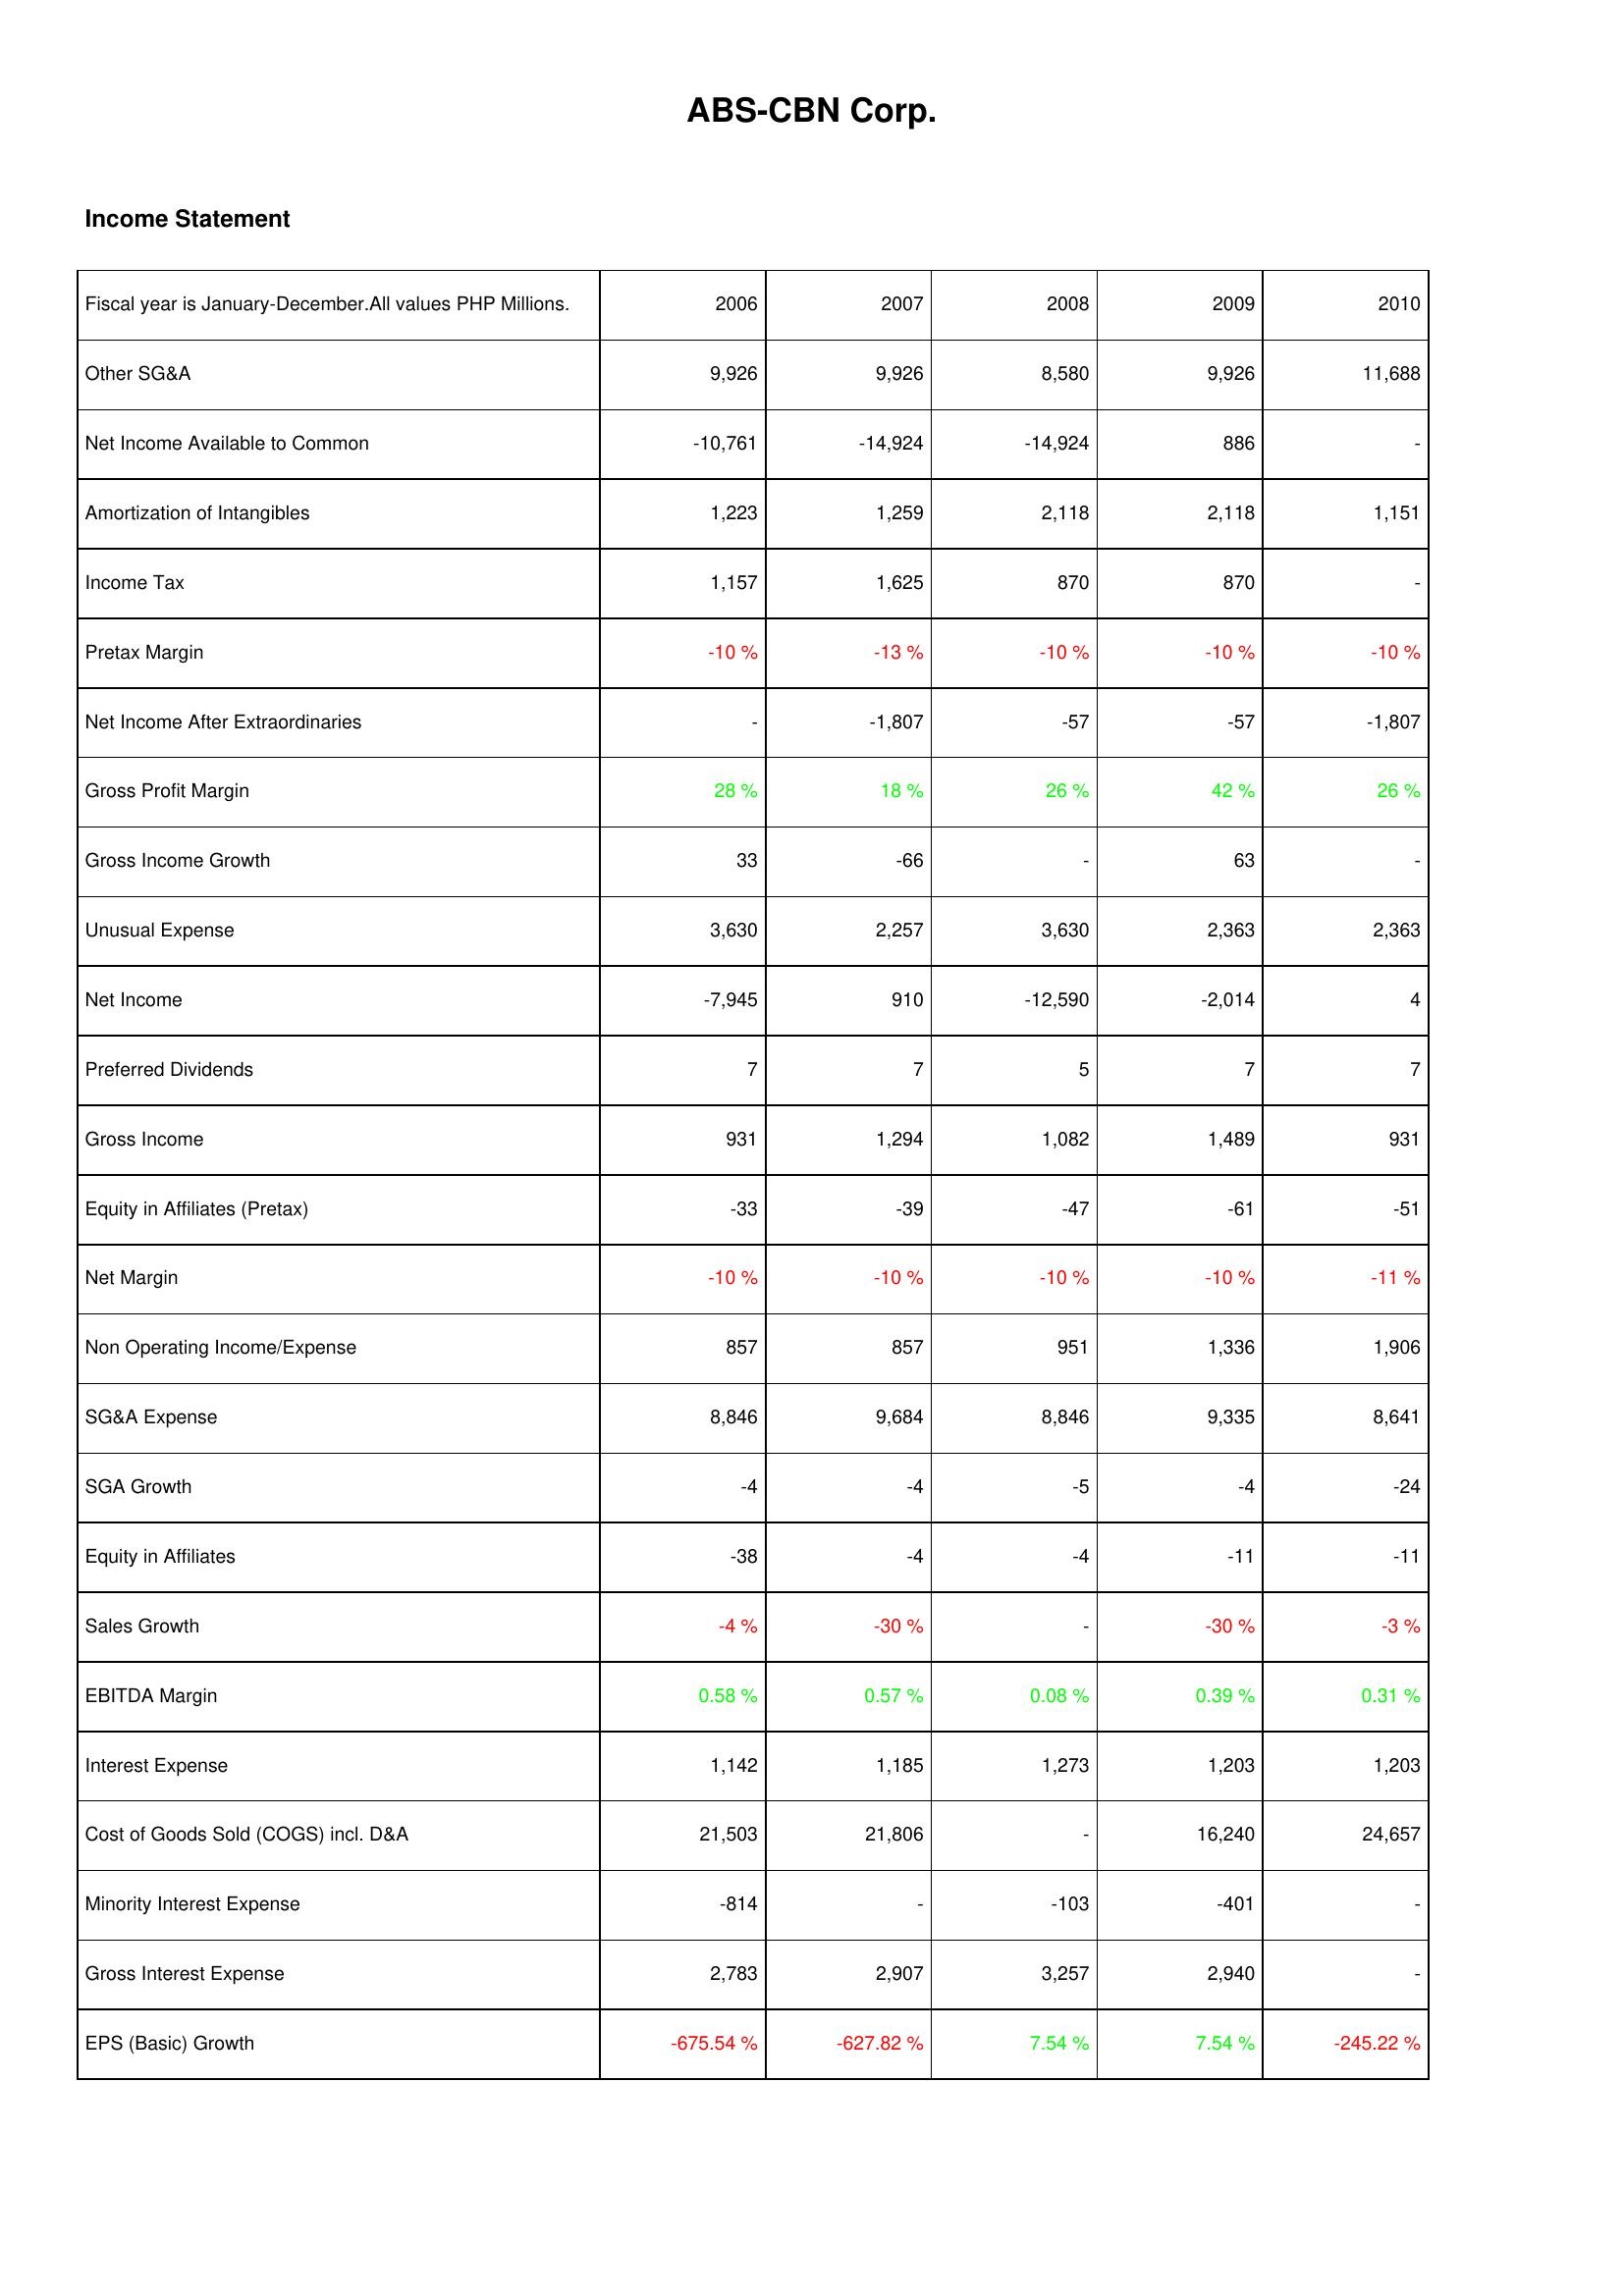
2006: Income Statement: Other SG&A: 9,926
Net Income Available to Common: -10,761
Amortization of Intangibles: 1,223
Income Tax: 1,157
Pretax Margin: -10 %
Net Income After Extraordinaries: -
Gross Profit Margin: 28 %
Gross Income Growth: 33
Unusual Expense: 3,630
Net Income: -7,945
Preferred Dividends: 7
Gross Income: 931
Equity in Affiliates (Pretax): -33
Net Margin: -10 %
Non Operating Income/Expense: 857
SG&A Expense: 8,846
SGA Growth: -4
Equity in Affiliates: -38
Sales Growth: -4 %
EBITDA Margin: 0.58 %
Interest Expense: 1,142
Cost of Goods Sold (COGS) incl. D&A: 21,503
Minority Interest Expense: -814
Gross Interest Expense: 2,783
EPS (Basic) Growth: -675.54 %
2007: Income Statement: Other SG&A: 9,926
Net Income Available to Common: -14,924
Amortization of Intangibles: 1,259
Income Tax: 1,625
Pretax Margin: -13 %
Net Income After Extraordinaries: -1,807
Gross Profit Margin: 18 %
Gross Income Growth: -66
Unusual Expense: 2,257
Net Income: 910
Preferred Dividends: 7
Gross Income: 1,294
Equity in Affiliates (Pretax): -39
Net Margin: -10 %
Non Operating Income/Expense: 857
SG&A Expense: 9,684
SGA Growth: -4
Equity in Affiliates: -4
Sales Growth: -30 %
EBITDA Margin: 0.57 %
Interest Expense: 1,185
Cost of Goods Sold (COGS) incl. D&A: 21,806
Minority Interest Expense: -
Gross Interest Expense: 2,907
EPS (Basic) Growth: -627.82 %
2008: Income Statement: Other SG&A: 8,580
Net Income Available to Common: -14,924
Amortization of Intangibles: 2,118
Income Tax: 870
Pretax Margin: -10 %
Net Income After Extraordinaries: -57
Gross Profit Margin: 26 %
Gross Income Growth: -
Unusual Expense: 3,630
Net Income: -12,590
Preferred Dividends: 5
Gross Income: 1,082
Equity in Affiliates (Pretax): -47
Net Margin: -10 %
Non Operating Income/Expense: 951
SG&A Expense: 8,846
SGA Growth: -5
Equity in Affiliates: -4
Sales Growth: -
EBITDA Margin: 0.08 %
Interest Expense: 1,273
Cost of Goods Sold (COGS) incl. D&A: -
Minority Interest Expense: -103
Gross Interest Expense: 3,257
EPS (Basic) Growth: 7.54 %
2009: Income Statement: Other SG&A: 9,926
Net Income Available to Common: 886
Amortization of Intangibles: 2,118
Income Tax: 870
Pretax Margin: -10 %
Net Income After Extraordinaries: -57
Gross Profit Margin: 42 %
Gross Income Growth: 63
Unusual Expense: 2,363
Net Income: -2,014
Preferred Dividends: 7
Gross Income: 1,489
Equity in Affiliates (Pretax): -61
Net Margin: -10 %
Non Operating Income/Expense: 1,336
SG&A Expense: 9,335
SGA Growth: -4
Equity in Affiliates: -11
Sales Growth: -30 %
EBITDA Margin: 0.39 %
Interest Expense: 1,203
Cost of Goods Sold (COGS) incl. D&A: 16,240
Minority Interest Expense: -401
Gross Interest Expense: 2,940
EPS (Basic) Growth: 7.54 %
2010: Income Statement: Other SG&A: 11,688
Net Income Available to Common: -
Amortization of Intangibles: 1,151
Income Tax: -
Pretax Margin: -10 %
Net Income After Extraordinaries: -1,807
Gross Profit Margin: 26 %
Gross Income Growth: -
Unusual Expense: 2,363
Net Income: 4
Preferred Dividends: 7
Gross Income: 931
Equity in Affiliates (Pretax): -51
Net Margin: -11 %
Non Operating Income/Expense: 1,906
SG&A Expense: 8,641
SGA Growth: -24
Equity in Affiliates: -11
Sales Growth: -3 %
EBITDA Margin: 0.31 %
Interest Expense: 1,203
Cost of Goods Sold (COGS) incl. D&A: 24,657
Minority Interest Expense: -
Gross Interest Expense: -
EPS (Basic) Growth: -245.22 %